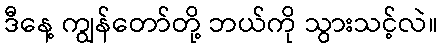
ဒီနေ့ ကျွန်တော်တို့ ဘယ်ကို သွားသင့်လဲ။